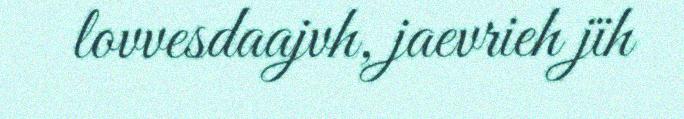
lovvesdaajvh, jaevrieh jïh